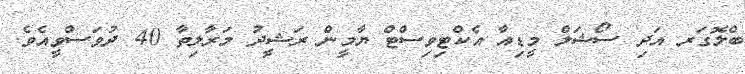
ބްލޮގަރ އަދި ސޯޝަލް މީޑިއާ އެކްޓިވިސްޓް ޔާމީން ރަޝީދު މަރާލިތާ 40 ދުވަސްވީއެވެ.